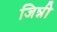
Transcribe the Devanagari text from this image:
जिन्नी